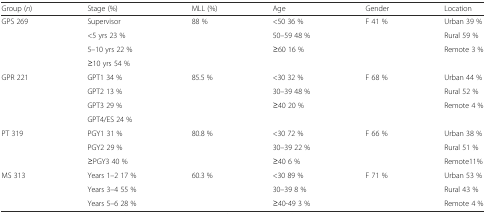
| Group (n) | Stage (%) | MLL (%) | Age | Gender | Location |
 | --- | --- | --- | --- | --- | --- |
 | <ROWSPAN=4> GPS 269 | Supervisor | 88 % | <50 36 % | F 41 % | Urban 39 % |
 | <5 yrs 23 % |  | 50–59 48 % |  | Rural 59 % |
 | 5–10 yrs 22 % |  | ≥60 16 % |  | Remote 3 % |
 | ≥10 yrs 54 % |  |  |  |  |
 | <ROWSPAN=4> GPR 221 | GPT1 34 % | 85.5 % | <30 32 % | F 68 % | Urban 44 % |
 | GPT2 13 % |  | 30–39 48 % |  | Rural 52 % |
 | GPT3 29 % |  | ≥40 20 % |  | Remote 4 % |
 | GPT4/ES 24 % |  |  |  |  |
 | <ROWSPAN=3> PT 319 | PGY1 31 % | 80.8 % | <30 72 % | F 66 % | Urban 38 % |
 | PGY2 29 % |  | 30–39 22 % |  | Rural 51 % |
 | ≥PGY3 40 % |  | ≥40 6 % |  | Remote11% |
 | <ROWSPAN=3> MS 313 | Years 1–2 17 % | 60.3 % | <30 89 % | F 71 % | Urban 53 % |
 | Years 3–4 55 % |  | 30–39 8 % |  | Rural 43 % |
 | Years 5–6 28 % |  | ≥40-49 3 % |  | Remote 4 % |